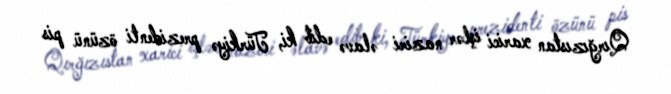
Qırğızıstan xarici işlər naziri əlavə edib ki, Türkiyə prezidenti özünü pis